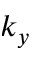
k _ { y }